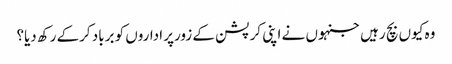
وہ کیوں بچ رہیں جنہوں نے اپنی کرپشن کے زورپر اداروں کو برباد کرکے رکھ دیا؟